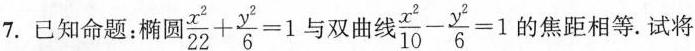
7.已知命题：椭圆$$\frac { x ^ { 2 } } { 2 2 } + \frac { y ^ { 2 } } { 6 } = 1$$与双曲线$$\frac { x ^ { 2 } } { 10 } - \frac { y ^ { 2 } } { 6 } = 1$$的焦距相等。试将